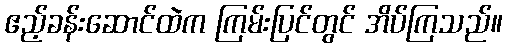
ဧည့်ခန်းဆောင်ထဲက ကြမ်းပြင်တွင် အိပ်ကြသည်။